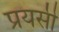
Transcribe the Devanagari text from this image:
प्रयसी